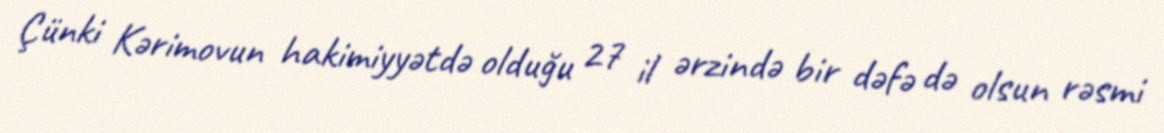
Çünki Kərimovun hakimiyyətdə olduğu 27 il ərzində bir dəfə də olsun rəsmi